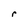
Character: r